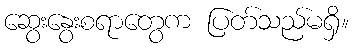
ဆွေးနွေးစရာတွေက ပြတ်သည်မရှိ။